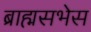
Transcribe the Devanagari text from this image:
ब्राह्मसभेस